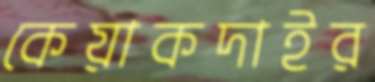
কেয়াকদাইর